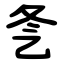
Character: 㐑